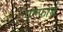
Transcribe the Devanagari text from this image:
एल्फोर्ड